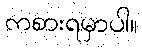
ကစားရမှာပါ။